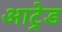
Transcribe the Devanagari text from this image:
आट्रेड